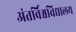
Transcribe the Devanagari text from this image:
अंतर्विश्वविद्यालय